Indian Civil Veterinary Department memoirs
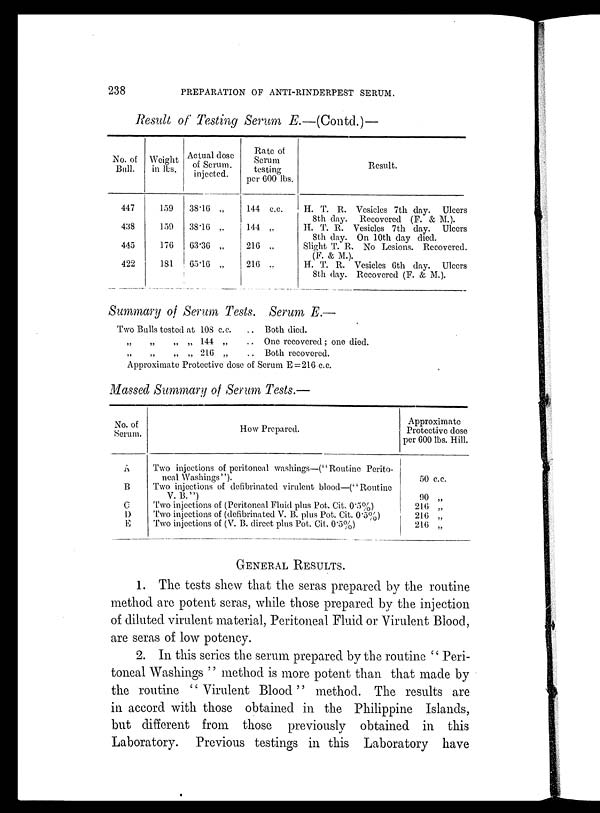
238
PREPARATION OF ANTI-RINDERPEST SERUM.
Result of Testing Serum E.—(Contd.)—
No. of
Bull.
447
438
445
422
Weight
in lbs.
159
159
176
181
Actual dose
of Serum.
injected.
38.16 „
38.16 „
63.36 „
65.16 „
Rate of
Serum
testing
per 600 lbs.
144 c.c.
144 „
216 „
216 „
Result.
H. T. R. Vesicles 7th day. Ulcers
8th day. Recovered (F. & M.).
H. T. R. Vesicles 7th day. Ulcers
8th day. On 10th day died.
Slight T. R. No Lesions. Recovered.
(F. & M.).
H. T. R. Vesicles 6th day. Ulcers
8th day. Recovered (F. & M.).
Summary of Serum Tests. Serum E.—
Two Bulls tosted at 108 c.c.
„ „ 144 „
„ „ 216 „
Both died.
.. One recovered ; one died.
.. Both recovered.
Approximate Protective dose of Serum E = 216 c.c.
Massed Summary of Serum Tests.—
No. of
Serum.
A
B
C
D
E
How Prepared.
Two injections of peritoneal washings—("Routine Perito-
neal Washings'').
Two injections of defibrinated virulent blood—("Routine
V. B.")
Two injections of (Peritoneal Fluid plus Pot. Cit. 0.5%)
Two injections of (defibrinated V. B. plus Pot. Cit. 0'5%)
Two injections of (V. B. direct plus Pot. Cit. 0.5%)
Approximate
Protective dose
per 600 lbs. Hill.
50 c.c.
90 „
216 „
216 „
216 „
GENERAL RESULTS.
1. The tests shew that the seras prepared by the routine
method are potent seras, while those prepared by the injection
of diluted virulent material, Peritoneal Fluid or Virulent Blood,
are seras of low potency.
2. In this series the serum prepared by the routine '' Peri-
toneal Washings '' method is more potent than that made by
the routine '' Virulent Blood '' method. The results are
in accord with those obtained in the Philippine Islands,
but different from those previously obtained in this
Laboratory. Previous testings in this Laboratory have